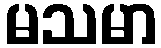
မသမာ